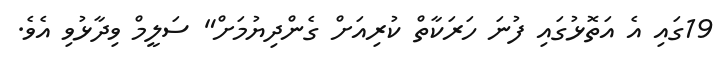
19ގައި އެ އަތޮޅުގައި ފުނަ ހަރަކާތް ކުރިއަށް ގެންދިޔުމަށް" ސަލީމް ވިދާޅުވި އެވެ.